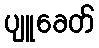
ပျူခေတ်